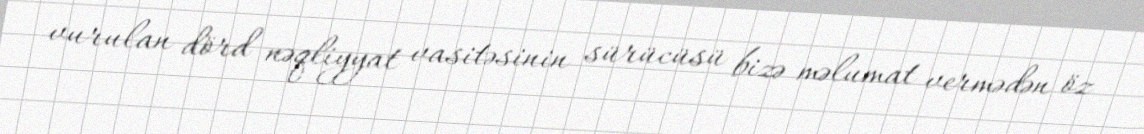
vurulan dörd nəqliyyat vasitəsinin sürücüsü bizə məlumat vermədən öz